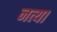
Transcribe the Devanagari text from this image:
नत्या